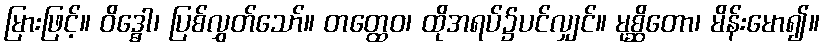
မြားဖြင့်။ ဝိဒ္ဓေါ၊ ပြစ်လွှတ်သော်။ တတ္ထေဝ၊ ထိုအရပ်၌ပင်လျှင်။ မုစ္ဆိတော၊ မိန်းမော၍။